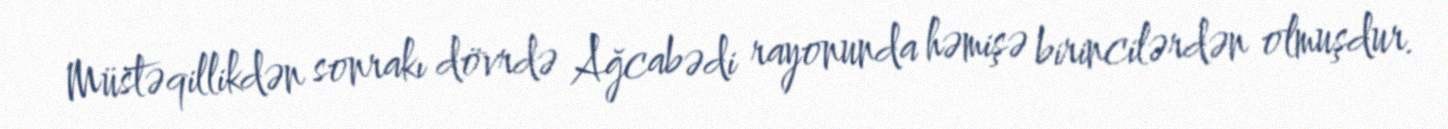
Müstəqillikdən sonrakı dövrdə Ağcabədi rayonunda həmişə birincilərdən olmuşdur.